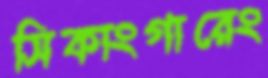
সিকাংগারেং